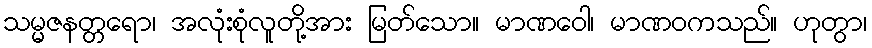
သမ္မဇနတ္တရော၊ အလုံးစုံလူတို့အား မြတ်သော။ မာဏဝေါ၊ မာဏဝကသည်။ ဟုတွာ၊